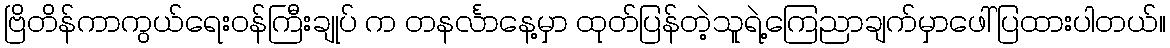
ဗြိတိန်ကာကွယ်ရေးဝန်ကြီးချုပ် က တနင်္လာနေ့မှာ ထုတ်ပြန်တဲ့သူရဲ့ကြေညာချက်မှာဖေါ်ပြထားပါတယ်။